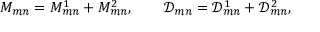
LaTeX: M _ { m n } = M _ { m n } ^ { 1 } + M _ { m n } ^ { 2 } , \qquad \mathcal { D } _ { m n } = \mathcal { D } _ { m n } ^ { 1 } + \mathcal { D } _ { m n } ^ { 2 } ,